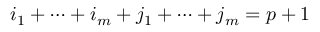
i _ { 1 } + \cdots + i _ { m } + j _ { 1 } + \cdots + j _ { m } = p + 1